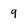
Character: 9